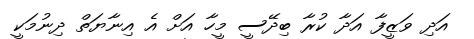
އަދި ވަޒީފާ އަދާ ކުރާ ބިދޭސީ މީހާ އަށް އެ އިނާޔަތް ދިނުމަކީ